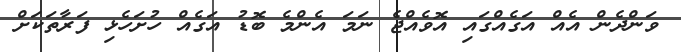
ވަންދެން އެއް އަގެއްގައި އޮވެއްޖެ ނަމަ އެންމެ ބޮޑު އަގެއް ހުށަހެޅި ފަރާތަކަށް